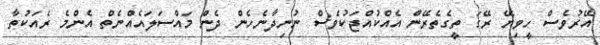
އޭރުވެސް ހީވިޔޭ ރޭގަ ތީގެތެރޭން އެއްކުއްޖަކުވެސް ނުނިދާނެހެން ދެން މައްސަލައެއްނެތް އެންމެ ރެއަކުތާ